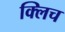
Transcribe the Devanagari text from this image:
क्लिच